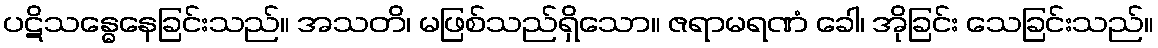
ပဋိသန္ဓေနေခြင်းသည်။ အသတိ၊ မဖြစ်သည်ရှိသော။ ဇရာမရဏံ ခေါ၊ အိုခြင်း သေခြင်းသည်။